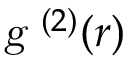
{ \textsl { g } ^ { ( 2 ) } } ( r )